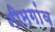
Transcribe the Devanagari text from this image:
नीमगांव